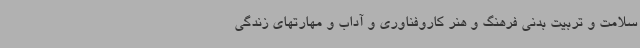
سلامت و تربیت بدنی فرهنگ و هنر کاروفناوری و آداب و مهارتهای زندگی